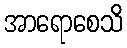
အာရောစေသိ